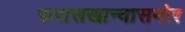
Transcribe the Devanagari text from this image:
फरासखान्यासमोर